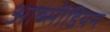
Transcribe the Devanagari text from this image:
आब्सीडियन